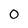
Character: 0